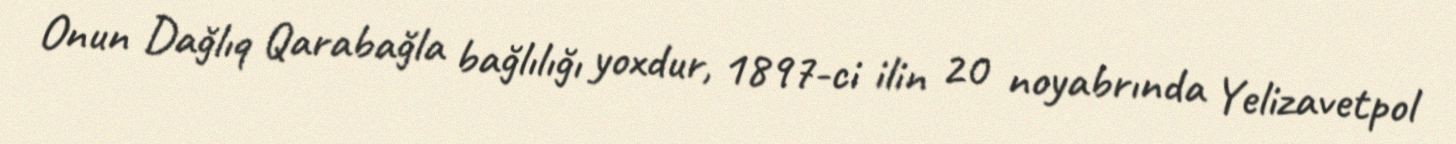
Onun Dağlıq Qarabağla bağlılığı yoxdur, 1897-ci ilin 20 noyabrında Yelizavetpol